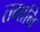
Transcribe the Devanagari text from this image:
तमानि